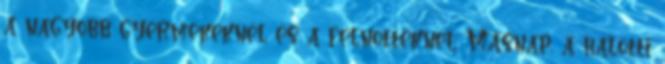
a nagyobb gyermekeknél és a felnõtteknél. Másnap, a halotti